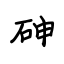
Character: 砷